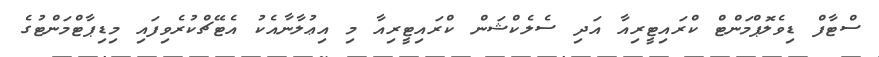
ސްޓާފް ޑިވެލޮޕްމަންޓް ކްރައިޓީރިއާ އަދި ސެލެކްޝަން ކްރައިޓީރިއާ މި އިޢުލާނާއެކު އެޓޭޗްކުރެވިފައި މިޑިޕާޓްމަންޓުގެ